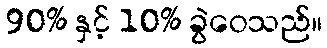
90% နှင့် 10% ခွဲဝေသည်။